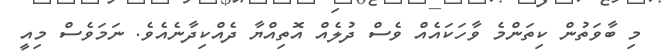
މި ބާވަތުން ކިތަންމެ ވާހަކައެއް ވެސް ދުލެއް އޮތިއްޔާ ދެއްކިދާނެއެވެ. ނަމަވެސް މިއީ